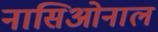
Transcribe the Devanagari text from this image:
नासिओनाल